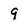
Character: 9